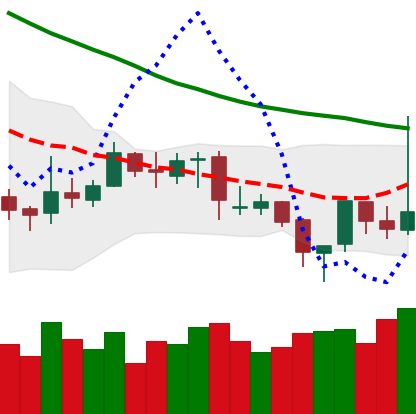
Ticker: XRP-USD
Chart end date: 2019-03-30
Forward return: 7.044%
Label: up_7plus